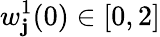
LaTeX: w_{\mathbf{j}}^{1}(0)\in[0,2]